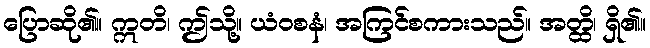
ပြောဆို၏။ ဣတိ၊ ဤသို့။ ယံဝစနံ၊ အကြင်စကားသည်။ အတ္ထိ၊ ရှိ၏။